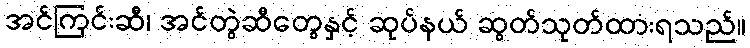
အင်ကြင်းဆီ၊ အင်တွဲဆီတွေနှင့် ဆုပ်နယ် ဆွတ်သုတ်ထားရသည်။